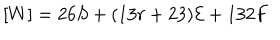
[ W ] = 2 6 S + ( 1 3 r + 2 3 ) { \cal { E } } + 1 3 2 F